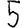
Digit: 5